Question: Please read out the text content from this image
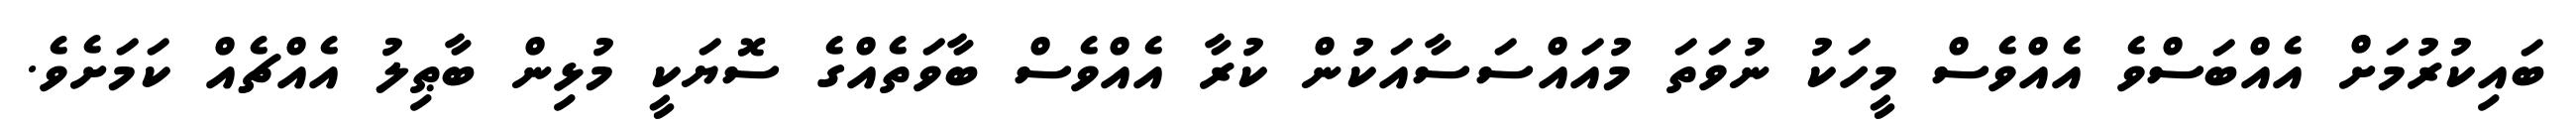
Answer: ބައިކުރުމަށް އެއްބަސްވެ އެއްވެސް މީހަކު ނުވަތަ މުއައްސަސާއަކުން ކުރާ އެއްވެސް ބާވަތެއްގެ ސޮޔަކީ މުޅިން ބާޠިލު އެއްޗެއް ކަމަށެވެ.